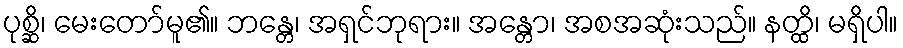
ပုစ္ဆိ၊ မေးတော်မူ၏။ ဘန္တေ၊ အရှင်ဘုရား။ အန္တော၊ အစအဆုံးသည်။ နတ္ထိ၊ မရှိပါ။